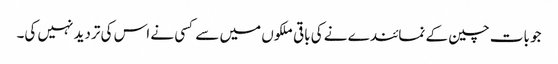
جو بات چین کے نمائندے نے کی باقی ملکوں میں سے کسی نے اس کی تردید نہیں کی۔